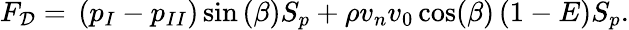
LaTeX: F_{\mathcal{D}}={}\left({p_{I}}-{p_{II}}\right)\sin{(\beta)}{S_{p}}+\rho{v_{n}}v_{0}\cos(\beta)\left(1-E\right){S_{p}}.